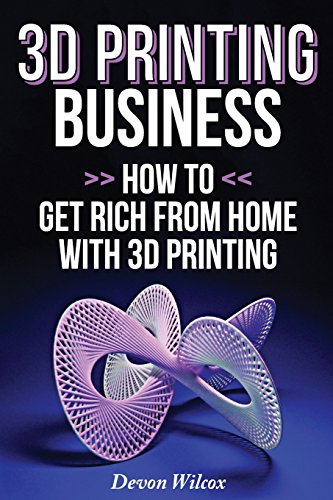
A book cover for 3D Printing Business: How To Get Rich From Home With 3D Printing; Devon Wilcox; Computers & Technology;